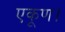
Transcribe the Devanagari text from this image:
एकूण।